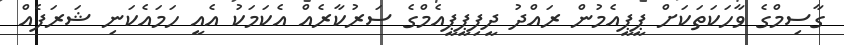
ގާސިމްގެ ވާހަކަތަކަށް ޕީޕީއެމުން ރައްދު ދީފިޕީޕީއެމްގެ ސަރުކާރެއް އެކަމަކު އެއީ ހަމައެކަނި ޝަރަފެއް